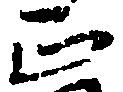
正